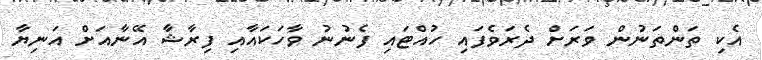
އެކި ތަންތަނުން ވަރަށް ދެރަވެފައި ހުއްޓައި ފެނުނު ވާހަކައާއި ފިރާޝާ އޭނާއަށް އަނިޔާ